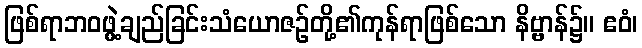
ဖြစ်ရာဘဝဖွဲ့ချည်ခြင်းသံယောဇဉ်တို့၏ကုန်ရာဖြစ်သော နိဗ္ဗာန်၌။ ဧဝံ၊